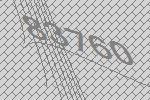
83760